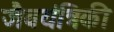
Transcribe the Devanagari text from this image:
जैवयंत्रिकी